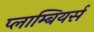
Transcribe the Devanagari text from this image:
प्लाम्बियर्स